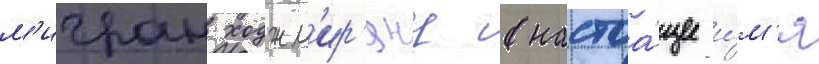
м'игран ходжм'ир'янц (настоа́щее и́м'я